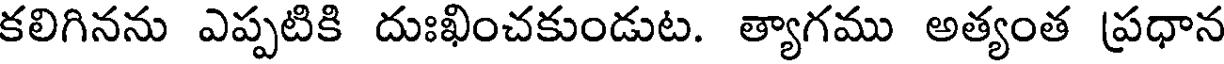
కలిగినను ఎప్పటికి దుఃఖించకుండుట. త్యాగము అత్యంత ప్రధాన